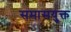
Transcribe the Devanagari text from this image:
समासयुक्त